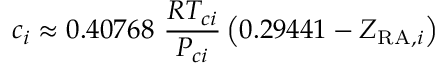
c _ { i } \approx 0 . 4 0 7 6 8 \ { \frac { R T _ { c i } } { P _ { c i } } } \left( 0 . 2 9 4 4 1 - Z _ { { \mathrm { R A } } , i } \right)